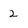
Character: 2